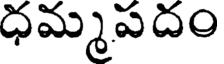
ధమ్మపదం